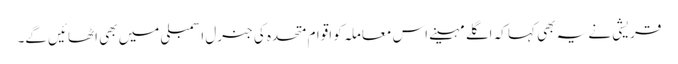
قریشی نے یہ بھی کہا کہ اگلے مہینے اس معاملہ کو اقوام متحدہ کی جنرل اسمبلی میں بھی اٹھائیں گے۔